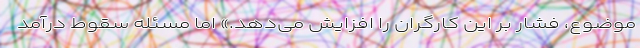
موضوع، فشار بر این کارگران را افزایش می‌دهد.» اما مسئله سقوط درآمد